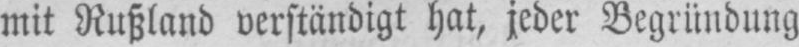
mit Rußland verständigt hat, jeder Begründung